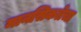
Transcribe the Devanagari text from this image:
मानसिकतेचा